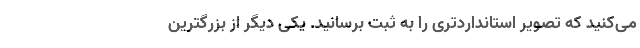
می‌کنید که تصویر استانداردتری را به ثبت برسانید. یکی دیگر از بزرگترین